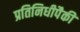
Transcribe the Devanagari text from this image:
प्रतिनिधीपैकी